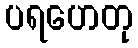
ပရဟေတု